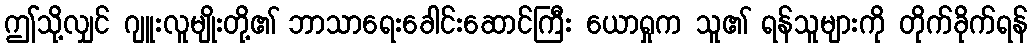
ဤသို့လျှင် ဂျူးလူမျိုးတို့၏ ဘာသာရေးခေါင်းဆောင်ကြီး ယောရှုက သူ၏ ရန်သူများကို တိုက်ခိုက်ရန်